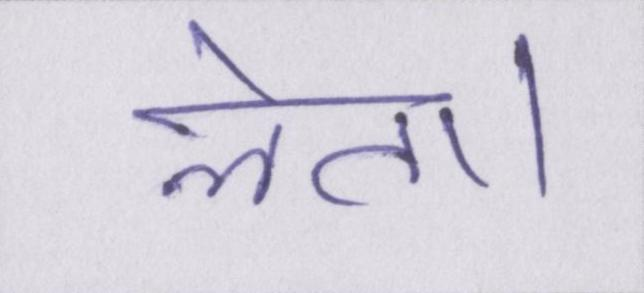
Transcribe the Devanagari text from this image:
लेता।